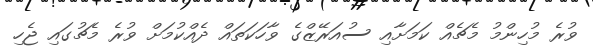
ވުރެ މުހިންމު މެޗެއް ކަމަށާއި ސުއަރޭޒްގެ ވާހަކަތައް ދެއްކުމަށް ވުރެ މެޗުގައި ޖެހި